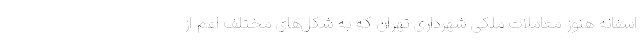
اسفانه هنوز معاملات ملکی شهرداری تهران که به شکل‌های مختلف اعم از